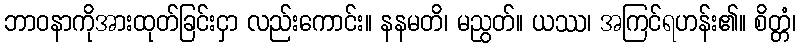
ဘာဝနာကိုအားထုတ်ခြင်းငှာ လည်းကောင်း။ နနမတိ၊ မညွတ်။ ယဿ၊ အကြင်ရဟန်း၏။ စိတ္တံ၊